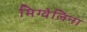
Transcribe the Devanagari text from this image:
मिग्वेलिना